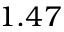
1 . 4 7